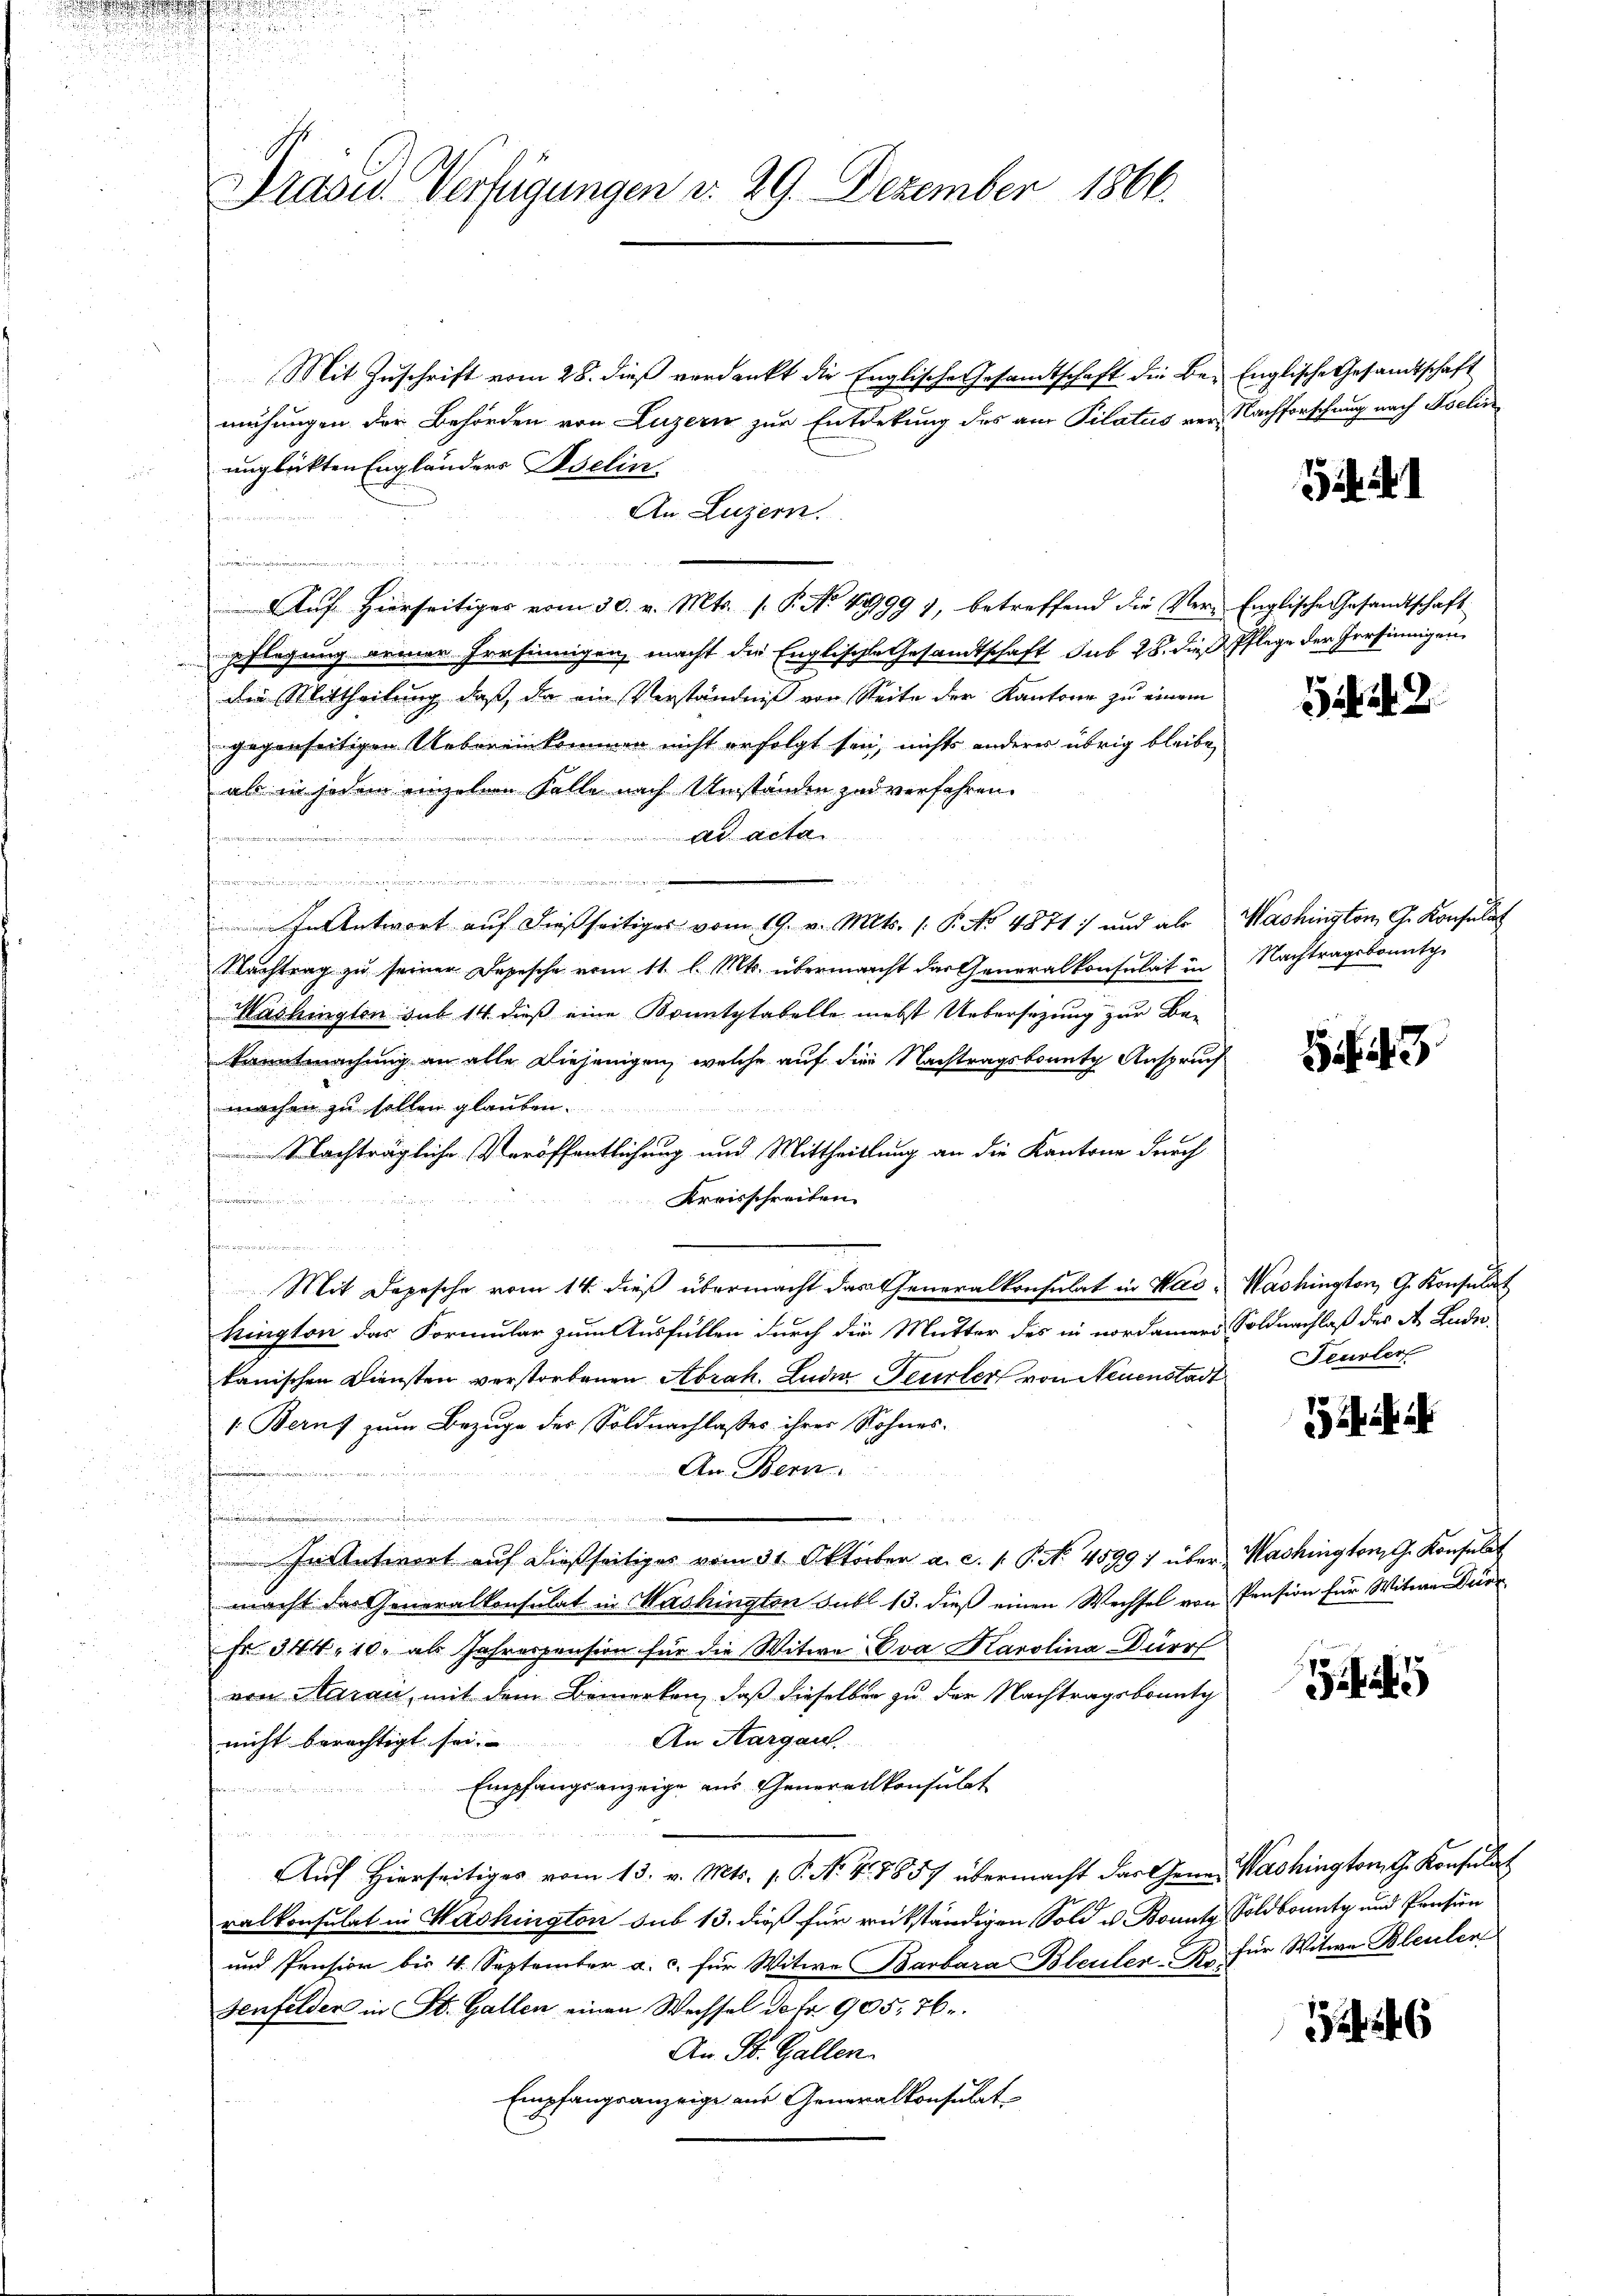
Mit Zuschrift vom 28. dieß verdankt die Englische Gesamtschaft die Be- Englische Gesandtschaft
mühungen der Behörden von Luzern zur Entdekung des am Pilatus ver Nachforschung nach Kochen
unglükten Engländers Iselin
An Luzern.
n
n
pflegung armer Persinnigen, macht die Englische Gesandtschaft sub 28. dieß Pflege der Persinnigen
die Mittheilung, daß, da ein Verständniß von Seite der Kantone zu einem
gegenseitigen Uebereinkommen nicht erfolgt sei, nichts anderes übrig bleibe,
als in jedem einzelnen Falle nach Umständen zu verfahren.
d
e
Addita
 Hessen
u
hin inne einversichen hiesigen einer
a
22
In Antwort auf dießseitiges vom 19. v. Mts. (: P. No 4871 und als Washington G. Konsulat
Nachtrag zŭ seiner Depesche vom 11. l. Mts. übermacht das Generalkonsulat in Nachtragsbomntge
Washingten sub 14 dieß eine Konntptabelle nebst Uebersetzung zur Bekanntmachung an alle Diejenigen, welche auf die Nachtragsbonnte Anspruch
machen zu sollen glauben.
 Nachträgliche Veröffentlichung und Mittheillung an die Kantone durch
Kreisschreiben.
himmen
ige, einge
Mit Depesche vom 14. dieß übermacht das Generalkonsulat in Was - Washington, G. Konsulat
kington das Formular zum Ausfüllen durch die Mutter des in nordamer, Soldnachlaß des A. Luder-
kanischen Diensten verstorbenen Abrah. Luder Beurter von Neuenstadt
1. Beruf zum Bezuge des Soldnachlasses ihrer Sohnes-
An Bern.
t
u
e
In Antwort auf dießseitiges vom 31. Oktober a. c. s. S. No. 45991 über Washington G. Konsulat
macht das Generalkonsulat in Washington Subl 13. dieß einen Wechsel von Pension für Witwe Dürr
Fr. 344, 10. als Jahrespension für die Witwe Eva Karolina Dürr
von Maraić, mit dem Bemerken, daß dieselben zu der Nachtragsbounty
An Aargau
nicht berechtigt sei.
Empfangsanzeige aus Generalkonsulat
uf Hierseitiges vom 13. v. Mts. 1. P. No. 4. 1857 übermacht das Gener Washington G. Konsulat
ralkonsulat in Washington sub 13. dieß für rückständigen Sold u. Bounty Soldbounty und Pension
und Pension bis 4. September a. c. für Witwe Barbara Bleuler B. für Witwe Bleulen
Genfelder in St. Gallen einen Wechsel de fr. 905. 76
An St. Gallen.
Empfangsanzeige aus Generalkonsulat

Präsid. Verfügungen d. 29. Dezember 1866.

Auf hierseitiges vom 30. v. Mts. s. P. No. 1899 1, betreffend die Ver-Englische Gesandtschaft

5449.

43

Teusler

5

12246